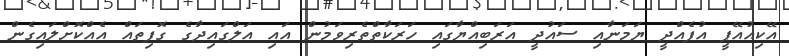
އޭކިއުއޭޕީ އުފެއްދީ ޔަމަނާއި ސައުދީ އަރަބިއްޔާގައި ހަރަކާތްތެރިވަމުން އައި އަލްގައިދާގެ ގޮފިތައް އެއްކޮށްލައިގެން